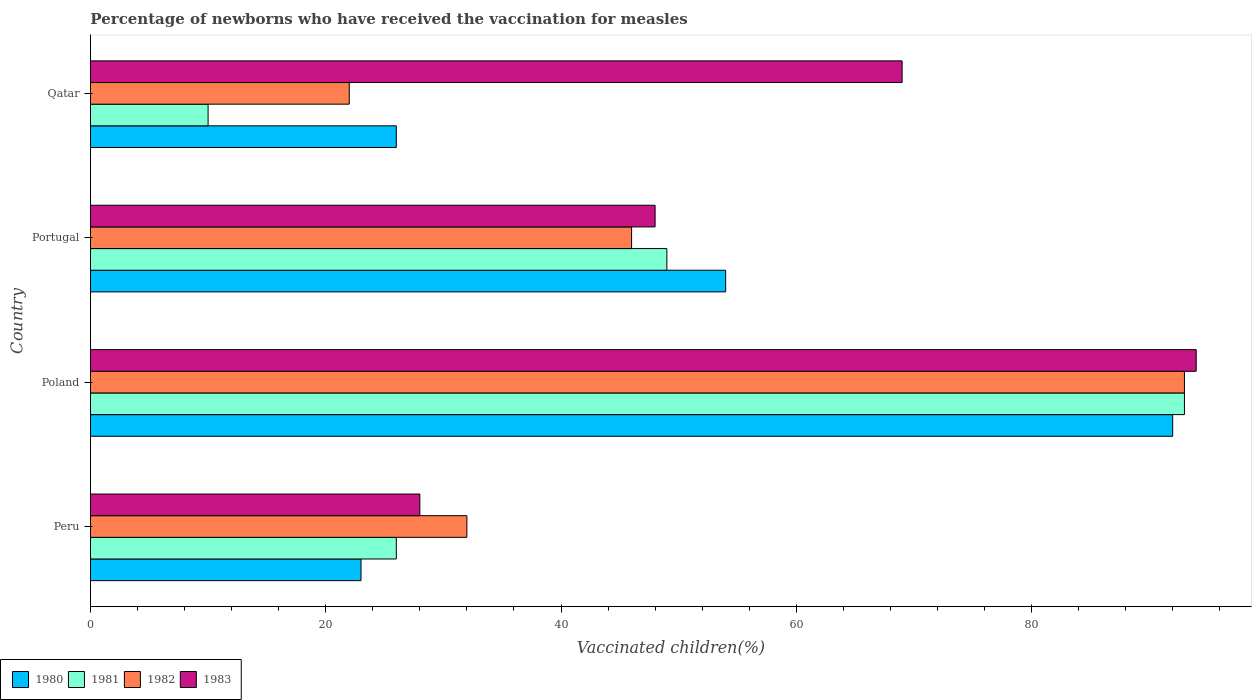
| Country | 1980 | 1981 | 1982 | 1983 |
 | --- | --- | --- | --- | --- |
 | Peru | 23 | 26 | 32 | 28 |
 | Poland | 92 | 93 | 93 | 94 |
 | Portugal | 54 | 49 | 46 | 48 |
 | Qatar | 26 | 10 | 22 | 69 |